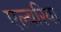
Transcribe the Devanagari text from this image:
एल्बरिया